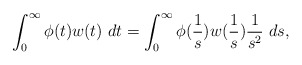
\begin{align*}\int_0^\infty \phi(t) w(t)~dt = \int_0^\infty \phi(\frac{1}s) w(\frac{1}s)\frac{1}{s^2}~ds,\end{align*}